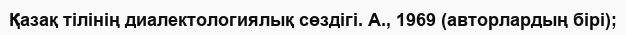
Қазақ тілінің диалектологиялық сөздігі. А., 1969 (авторлардың бірі);